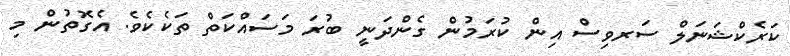
ކަރެކްޝަނަލް ސަރވިސް އިން ކުރަމުން ގެންދަނީ ބުރަ މަސައްކަތް ތަކެކެވެ. އެގޮތުން މި